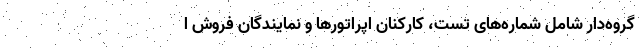
گروه‌دار شامل شماره‌های تست، کارکنان اپراتورها و نمایندگان فروش ا